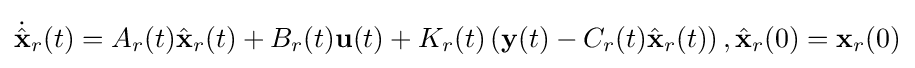
{\dot {\hat {\mathbf {x} }}}_{r}(t)=A_{r}(t){\hat {\mathbf {x} }}_{r}(t)+B_{r}(t){\mathbf {u} }(t)+K_{r}(t)\left({\mathbf {y} }(t)-C_{r}(t){\hat {\mathbf {x} }}_{r}(t)\right),{\hat {\mathbf {x} }}_{r}(0)={\mathbf {x} }_{r}(0)